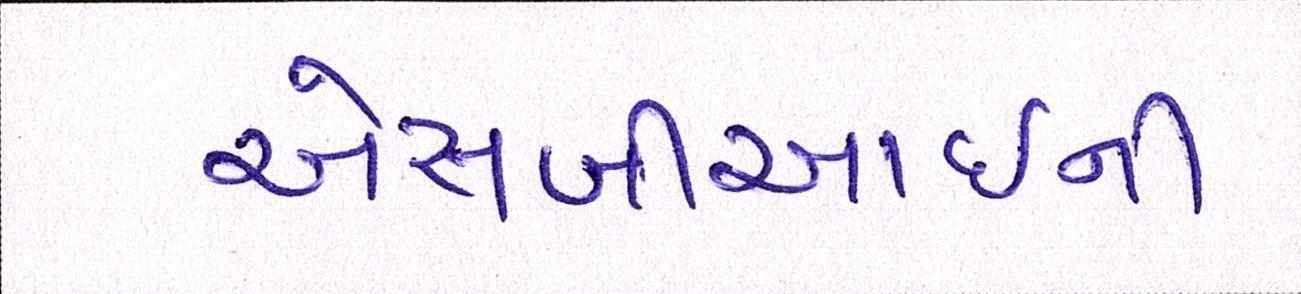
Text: એસબીઆઇની